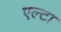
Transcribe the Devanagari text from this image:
एल्टा